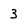
Character: 3